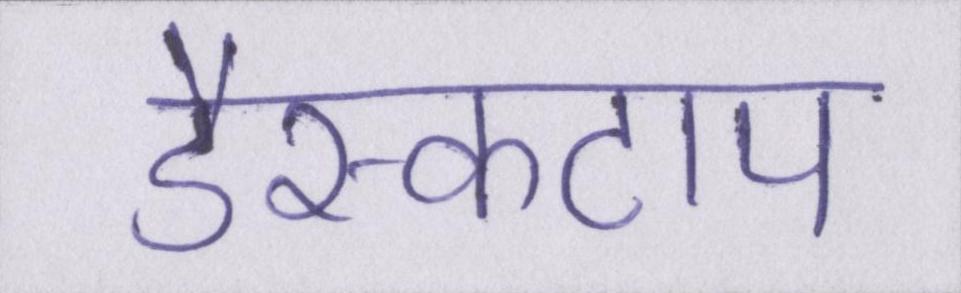
डैस्कटाप